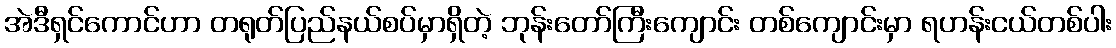
အဲဒီရှင်ကောင်ဟာ တရုတ်ပြည်နယ်စပ်မှာရှိတဲ့ ဘုန်းတော်ကြီးကျောင်း တစ်ကျောင်းမှာ ရဟန်းငယ်တစ်ပါး